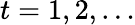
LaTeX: t=1,2,\dots